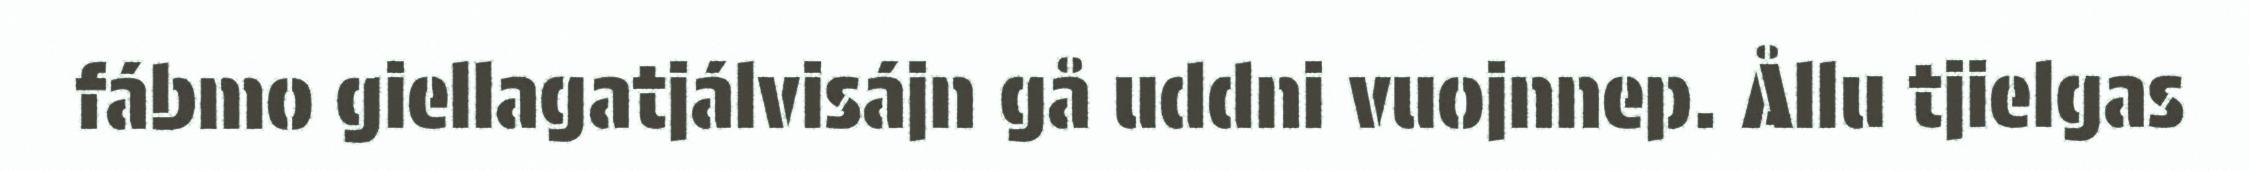
fábmo giellagatjálvisájn gå uddni vuojnnep. Ållu tjielgas